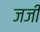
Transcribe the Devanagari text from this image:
जजी